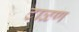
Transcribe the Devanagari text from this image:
टाळण